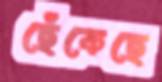
ছেঁকেছে